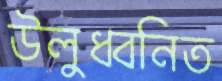
উলুধ্বনিত